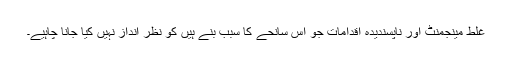
غلط مینجمنٹ اور ناپسندیدہ اقدامات جو اس سانحے کا سبب بنے ہیں کو نظر انداز نہیں کیا جانا چاہیے۔